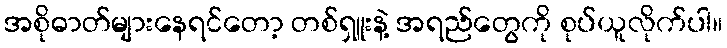
အစိုဓာတ်များနေရင်တော့ တစ်ရှူးနဲ့ အရည်တွေကို စုပ်ယူလိုက်ပါ။